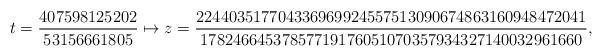
LaTeX: \begin{align*}t=\frac{407598125202}{53156661805}\mapsto z=\frac{224403517704336969924557513090674863160948472041}{17824664537857719176051070357934327140032961660},\end{align*}